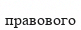
правового